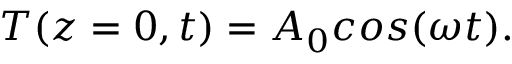
\begin{array} { r } { T ( z = 0 , t ) = A _ { 0 } c o s ( \omega t ) . } \end{array}